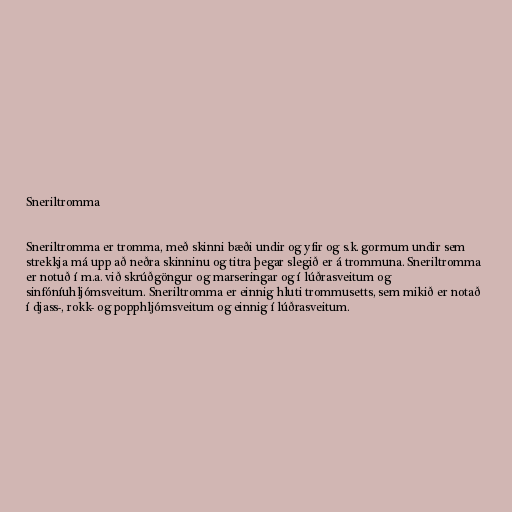
Sneriltromma

Sneriltromma er tromma, með skinni bæði undir og yfir og s.k. gormum undir sem
strekkja má upp að neðra skinninu og titra þegar slegið er á trommuna. Sneriltromma
er notuð í m.a. við skrúðgöngur og marseringar og í lúðrasveitum og
sinfóníuhljómsveitum. Sneriltromma er einnig hluti trommusetts, sem mikið er notað
í djass-, rokk- og popphljómsveitum og einnig í lúðrasveitum.